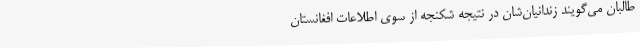
طالبان می‌گویند زندانیان‌شان در نتیجه شکنجه از سوی اطلاعات افغانستان